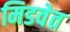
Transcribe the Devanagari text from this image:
मिडवेत